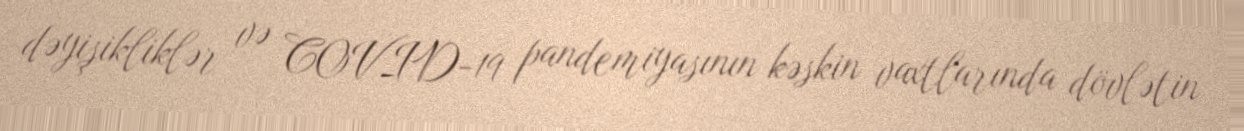
dəyişikliklər və COVID-19 pandemiyasının kəskin vaxtlarında dövlətin